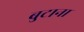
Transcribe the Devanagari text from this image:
बुटाना